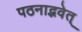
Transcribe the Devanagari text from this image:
पठनाद्भवेत्